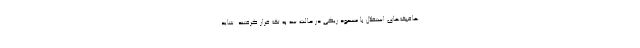
هافبک‌های استقلال با مسعود ریگی در حالت سه به تک قرار گرفتند. شاید